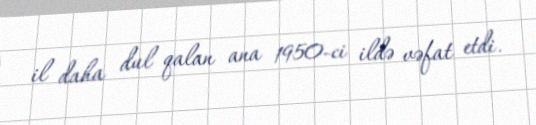
il daha dul qalan ana 1950-ci ildə vəfat etdi.